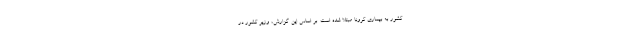
کشور به بیماری کرونا مبتلا شده است. بر اساس این گزارش، وزیر کشور در